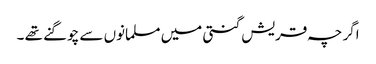
اگر چہ قریش گنتی میں مسلمانوں سے چوگنے تھے ۔